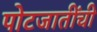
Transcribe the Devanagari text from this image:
पोटजातींची